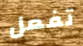
تفعل